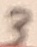
Text: 3